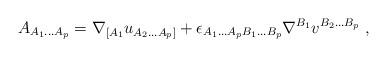
LaTeX: \begin{align*}A_{A_1...A_p} = \nabla_{[A_1}u_{A_2...A_p]} +\epsilon_{A_1...A_pB_1...B_p}\nabla^{B_1} v^{B_2...B_p}\ ,\end{align*}